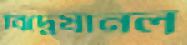
বিদ্বেষানল